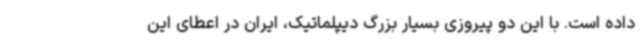
داده است. با این دو پیروزی بسیار بزرگ دیپلماتیک، ایران در اعطای این